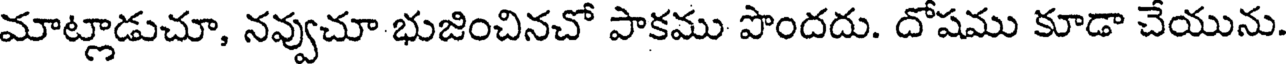
మాట్లాడుచూ, నవ్వుచూ భుజించినచో పాకము పొందదు. దోషము కూడా చేయును